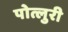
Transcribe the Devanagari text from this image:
पोत्लुरी